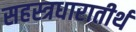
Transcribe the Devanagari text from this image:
सहस्त्रधारातीर्थ